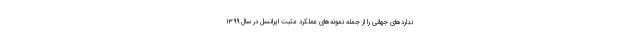
نداردهای جهانی را از جمله نمونه‌های عملکرد مثبت ایرانسل در سال ۱۳۹۹